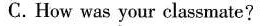
C. How was your classmate?